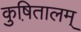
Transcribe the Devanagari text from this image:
कुष़ितालम्